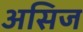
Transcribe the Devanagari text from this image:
असिज